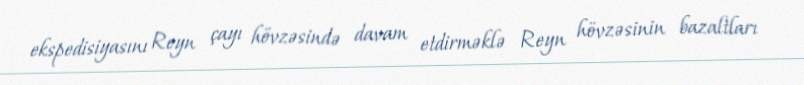
ekspedisiyasını Reyn çayı hövzəsində davam etdirməklə Reyn hövzəsinin bazaltları